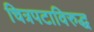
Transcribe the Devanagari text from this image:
चित्रपटाविरुद्ध